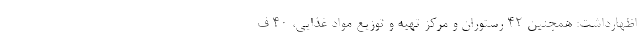
اظهارداشت: همچنین ۴۲ رستوران و مرکز تهیه و توزیع مواد غذایی، ۴۰ ف